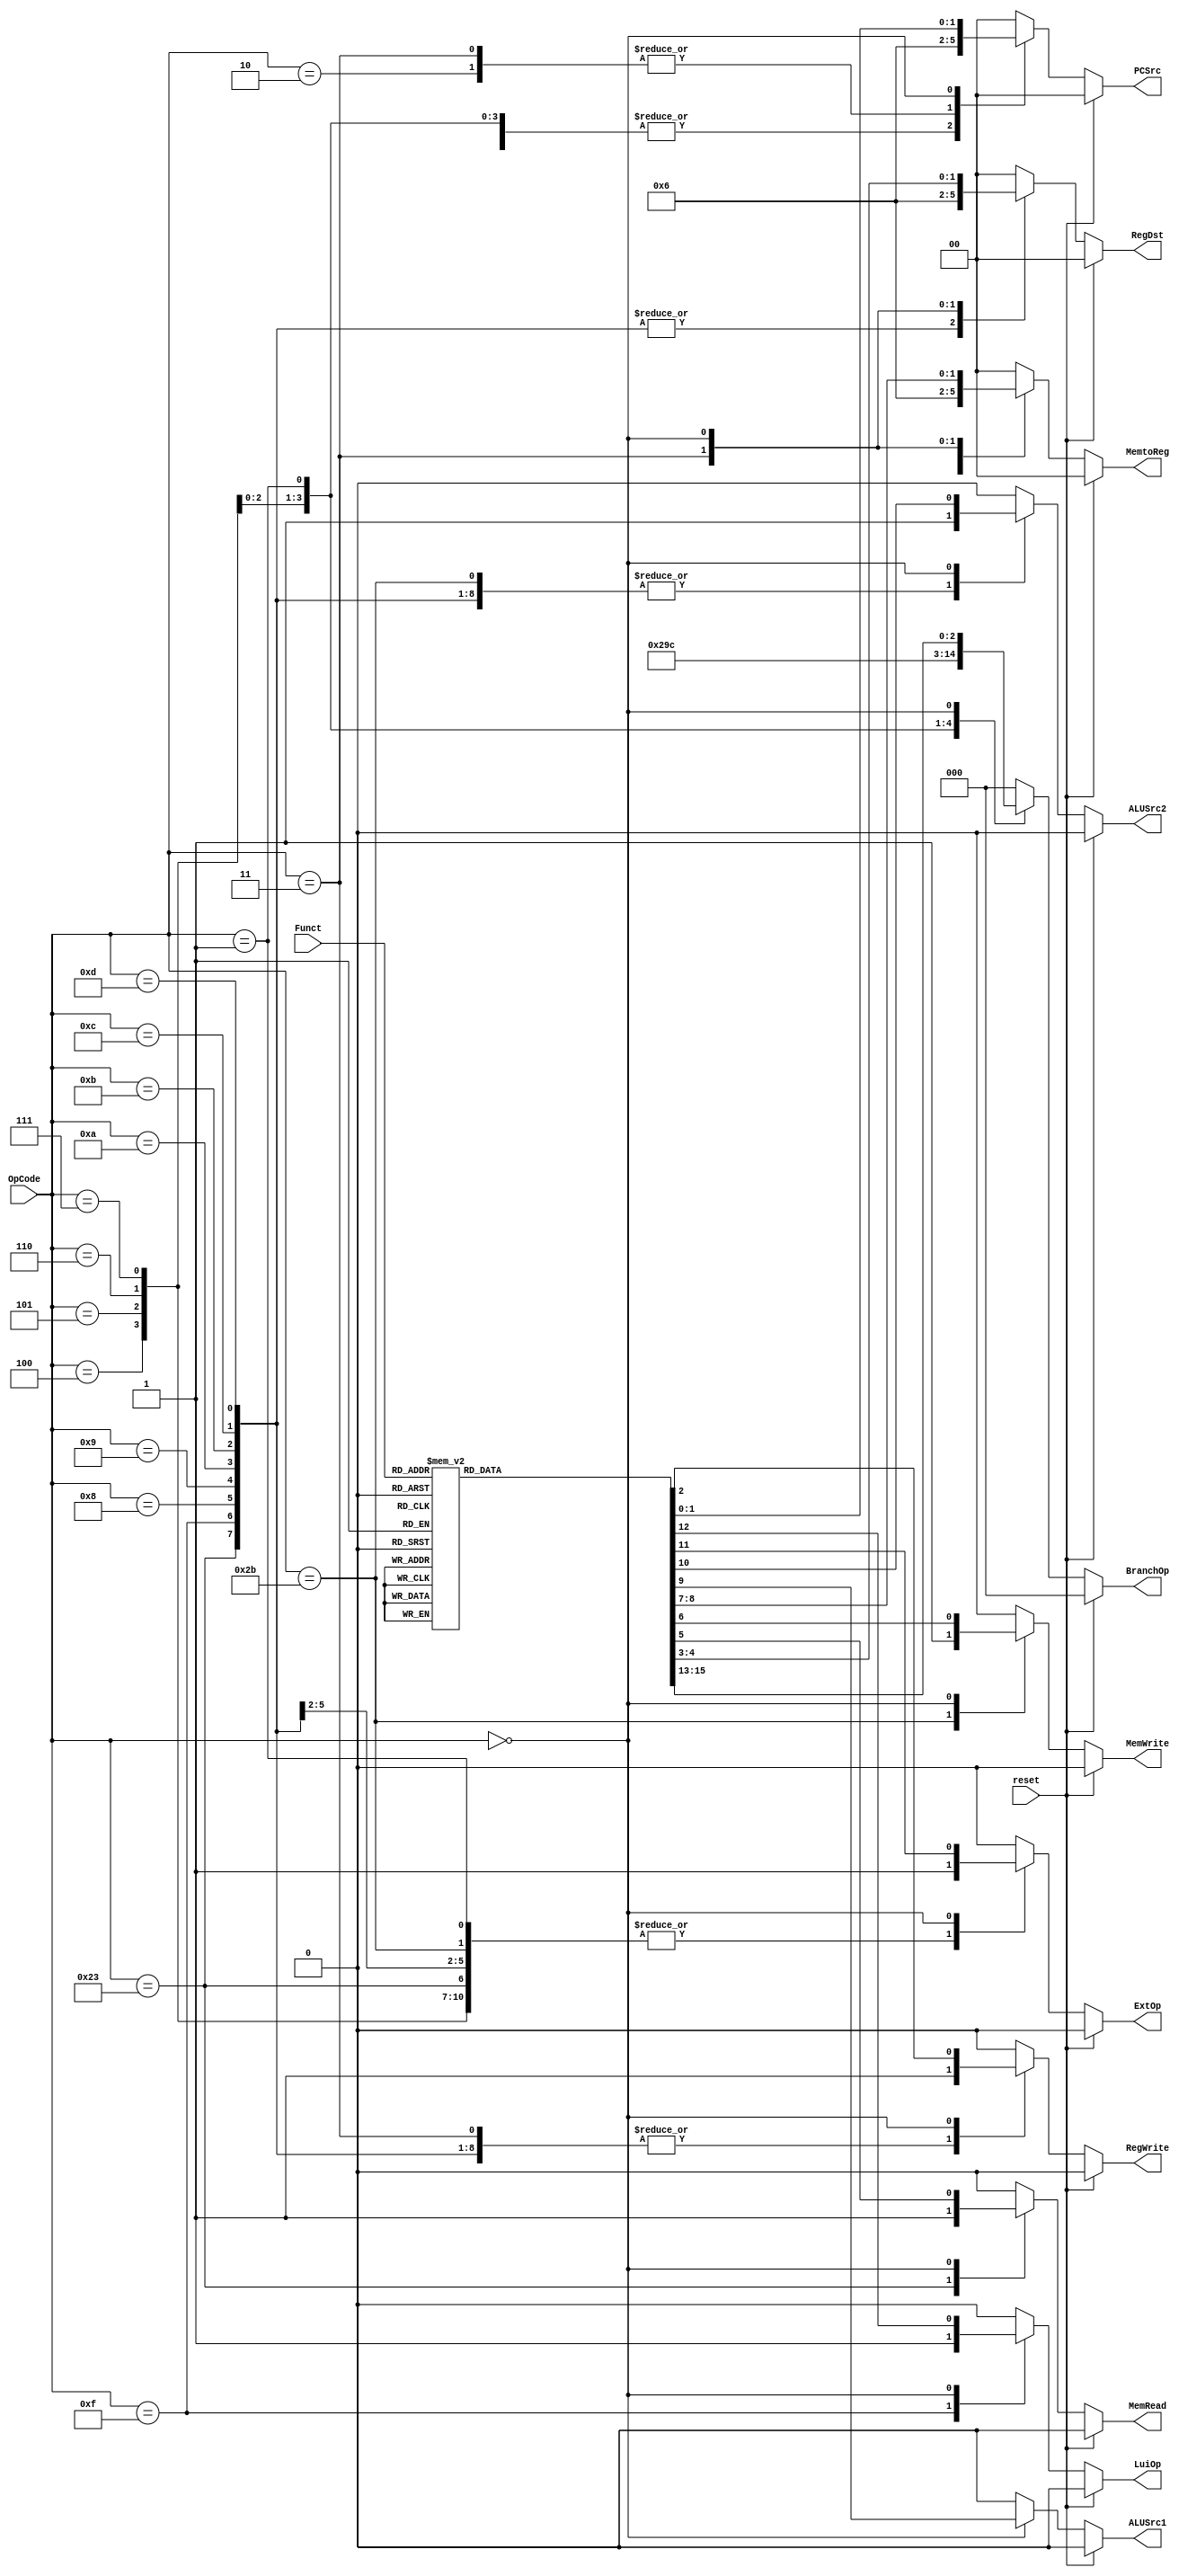
`timescale 1ns / 1ps
module Control
(
    input wire reset,
    input wire [5:0] OpCode,
    input wire [5:0] Funct,
    output reg [1:0] PCSrc,
    output reg RegWrite,
    output reg [1:0] RegDst,
    output reg MemRead,
    output reg MemWrite,
    output reg [1:0] MemtoReg,
    output reg ALUSrc1,
    output reg ALUSrc2,
    output reg ExtOp,
    output reg LuiOp,
    output reg [2:0] BranchOp
);

initial begin
    PCSrc <= 2'b00;
    RegWrite <= 1'b0;
    RegDst <= 2'b00;
    MemRead <= 1'b0;
    MemWrite <= 1'b0;
    MemtoReg <= 2'b00;
    ALUSrc1 <= 1'b0;
    ALUSrc2 <= 1'b0;
    ExtOp <= 1'b0;
    LuiOp <= 1'b0;
    BranchOp <= 3'b000;

end

// Control signal
always@*
        begin
        if(reset) begin
            PCSrc <= 2'b00;
            RegWrite <= 1'b0;
            RegDst <= 2'b00;
            MemRead <= 1'b0;
            MemWrite <= 1'b0;
            MemtoReg <= 2'b00;
            ALUSrc1 <= 1'b0;
            ALUSrc2 <= 1'b0;
            ExtOp <= 1'b0;
            LuiOp <= 1'b0;
            BranchOp <= 3'b000;
        end
        else begin
            case(OpCode)
                6'h23: begin
                    // lw
					PCSrc <= 2'b00;
					RegWrite <= 1'b1;
					RegDst <= 2'b01;
					MemRead <= 1'b1;
					MemWrite <= 1'b0;
					MemtoReg <= 2'b01;
					ALUSrc1 <= 1'b0;
					ALUSrc2 <= 1'b1;
					ExtOp <= 1'b1;
					LuiOp <= 1'b0;
					
					BranchOp <= 3'b0;
                end
                6'h2b: begin
                    // sw
					PCSrc <= 2'b00;
					RegWrite <= 1'b0;
					MemRead <= 1'b0;
					MemWrite <= 1'b1;
					ALUSrc1 <= 1'b0;
					ALUSrc2 <= 1'b1;
					ExtOp <= 1'b1;
					LuiOp <= 1'b0;
					
					RegDst <= 2'b0;
					MemtoReg <= 2'b0;
					BranchOp <= 3'b0;
                    
                end
                6'h0f: begin
                    // lui
					PCSrc <= 2'b00;
					RegWrite <= 1'b1;
					RegDst <= 2'b01;
					MemRead <= 1'b0;
					MemWrite <= 1'b0;
					MemtoReg <= 2'b00;
					ALUSrc1 <= 1'b0;
					ALUSrc2 <= 1'b1;
					LuiOp <= 1'b1;
					
					ExtOp <= 1'b0;
					BranchOp <= 3'b0;
                    
                end
                6'h08: begin
                    // addi
					PCSrc <= 2'b00;
					RegWrite <= 1'b1;
					RegDst <= 2'b01;
					MemRead <= 1'b0;
					MemWrite <= 1'b0;
					MemtoReg <= 2'b00;
					ALUSrc1 <= 1'b0;
					ALUSrc2 <= 1'b1;
					ExtOp <= 1'b1;
					LuiOp <= 1'b0;
					BranchOp <= 3'b0;
                    
                end
                6'h09: begin
                    // addiu
					PCSrc <= 2'b00;
					RegWrite <= 1'b1;
					RegDst <= 2'b01;
					MemRead <= 1'b0;
					MemWrite <= 1'b0;
					MemtoReg <= 2'b00;
					ALUSrc1 <= 1'b0;
					ALUSrc2 <= 1'b1;
					ExtOp <= 1'b1;
					LuiOp <= 1'b0;
					BranchOp <= 3'b0;
                    
                end
                6'h0a: begin
                    // slti
                    PCSrc <= 2'b00;
					RegWrite <= 1'b1;
					RegDst <= 2'b01;
					MemRead <= 1'b0;
					MemWrite <= 1'b0;
					MemtoReg <= 2'b00;
					ALUSrc1 <= 1'b0;
					ALUSrc2 <= 1'b1;
					ExtOp <= 1'b1;
					LuiOp <= 1'b0;
					BranchOp <= 3'b0;
                end
                6'h0b: begin
                    // sltiu
                    PCSrc <= 2'b00;
					RegWrite <= 1'b1;
					RegDst <= 2'b01;
					MemRead <= 1'b0;
					MemWrite <= 1'b0;
					MemtoReg <= 2'b00;
					ALUSrc1 <= 1'b0;
					ALUSrc2 <= 1'b1;
					ExtOp <= 1'b1;
					LuiOp <= 1'b0;
					BranchOp <= 3'b0;
                end
                6'h0c: begin
                    // andi
                    PCSrc <= 2'b00;
					RegWrite <= 1'b1;
					RegDst <= 2'b01;
					MemRead <= 1'b0;
					MemWrite <= 1'b0;
					MemtoReg <= 2'b00;
					ALUSrc1 <= 1'b0;
					ALUSrc2 <= 1'b1;
					ExtOp <= 1'b0;
					LuiOp <= 1'b0;
					BranchOp <= 3'b0;
                end
                6'h0d: begin
                    // ori
                    PCSrc <= 2'b00;
					RegWrite <= 1'b1;
					RegDst <= 2'b01;
					MemRead <= 1'b0;
					MemWrite <= 1'b0;
					MemtoReg <= 2'b00;
					ALUSrc1 <= 1'b0;
					ALUSrc2 <= 1'b1;
					ExtOp <= 1'b0;
					LuiOp <= 1'b0;
					BranchOp <= 3'b0;
                end               
                6'h04: begin
                    // beq
                    PCSrc <= 2'b01;
					RegWrite <= 1'b0;
					MemRead <= 1'b0;
					MemWrite <= 1'b0;
					ALUSrc1 <= 1'b0;
					ALUSrc2 <= 1'b0;
					ExtOp <= 1'b1;
					LuiOp <= 1'b0;
                    BranchOp <= 3'd0;
                    
                    RegDst <= 2'b0;
                    MemtoReg <= 2'b0;
                end
                6'h05: begin
                    // bne
                    PCSrc <= 2'b01;
					RegWrite <= 1'b0;
					MemRead <= 1'b0;
					MemWrite <= 1'b0;
					ALUSrc1 <= 1'b0;
					ALUSrc2 <= 1'b0;
					ExtOp <= 1'b1;
					LuiOp <= 1'b0;
                    BranchOp <= 3'd1;
                    
                    RegDst <= 2'b0;
                    MemtoReg <= 2'b0;
                end
                6'h06: begin
                    // blez
                    PCSrc <= 2'b01;
					RegWrite <= 1'b0;
					MemRead <= 1'b0;
					MemWrite <= 1'b0;
					ALUSrc1 <= 1'b0;
					ALUSrc2 <= 1'b0;
					ExtOp <= 1'b1;
					LuiOp <= 1'b0;
                    BranchOp <= 3'd2;
                    
                    RegDst <= 2'b0;
                    MemtoReg <= 2'b0;
                end
                6'h07: begin
                    // bgtz
                    PCSrc <= 2'b01;
					RegWrite <= 1'b0;
					MemRead <= 1'b0;
					MemWrite <= 1'b0;
					ALUSrc1 <= 1'b0;
					ALUSrc2 <= 1'b0;
					ExtOp <= 1'b1;
					LuiOp <= 1'b0;
                    BranchOp <= 3'd3;
                    
                    RegDst <= 2'b0;
                    MemtoReg <= 2'b0;
                end
                6'h01: begin
                    // bltz
                    PCSrc <= 2'b01;
					RegWrite <= 1'b0;
					MemRead <= 1'b0;
					MemWrite <= 1'b0;
					ALUSrc1 <= 1'b0;
					ALUSrc2 <= 1'b0;
					ExtOp <= 1'b1;
					LuiOp <= 1'b0;
                    BranchOp <= 3'd4;
                    
                    RegDst <= 2'b0;
                    MemtoReg <= 2'b0;
                end
				6'h02: begin
                    // j
					PCSrc <= 2'b10;
					RegWrite <= 1'b0;
					MemRead <= 1'b0;
					MemWrite <= 1'b0;
					
					RegDst <= 2'b0;
					MemtoReg <= 2'b0;
					ALUSrc1 <= 1'b0;
                    ALUSrc2 <= 1'b0;
                    ExtOp <= 1'b0;
                    LuiOp <= 1'b0;
                    BranchOp <= 3'b0;
                    
                end
				6'h03: begin
                    // jal
					PCSrc <= 2'b10;
					RegWrite <= 1'b1;
					RegDst <= 2'b10;
					MemRead <= 1'b0;
					MemWrite <= 1'b0;
					MemtoReg <= 2'b10;
					ALUSrc1 <= 1'b0;
                    ALUSrc2 <= 1'b0;
                    ExtOp <= 1'b0;
                    LuiOp <= 1'b0;
                    BranchOp <= 3'b0;
                    
                end
                6'h00: begin
                    case(Funct)
                        6'h20: begin
                            // add
							PCSrc <= 2'b00;
	
							RegWrite <= 1'b1;
							RegDst <= 2'b00;
							MemRead <= 1'b0;
							MemWrite <= 1'b0;
							MemtoReg <= 2'b00;
							ALUSrc1 <= 1'b0;
							ALUSrc2 <= 1'b0;
							ExtOp <= 1'b0;
							LuiOp <= 1'b0;
							BranchOp <= 3'b0;
                            
                        end
                        6'h21: begin
                            // addu
							PCSrc <= 2'b00;
	
							RegWrite <= 1'b1;
							RegDst <= 2'b00;
							MemRead <= 1'b0;
							MemWrite <= 1'b0;
							MemtoReg <= 2'b00;
							ALUSrc1 <= 1'b0;
							ALUSrc2 <= 1'b0;
							ExtOp <= 1'b0;
							LuiOp <= 1'b0;
							BranchOp <= 3'b0;
                            
                        end
                        6'h22: begin
                            // sub
							PCSrc <= 2'b00;
	
							RegWrite <= 1'b1;
							RegDst <= 2'b00;
							MemRead <= 1'b0;
							MemWrite <= 1'b0;
							MemtoReg <= 2'b00;
							ALUSrc1 <= 1'b0;
							ALUSrc2 <= 1'b0;
							ExtOp <= 1'b0;
							LuiOp <= 1'b0;
							BranchOp <= 3'b0;
                            
                        end
                        6'h23: begin
                            // subu
							PCSrc <= 2'b00;
	
							RegWrite <= 1'b1;
							RegDst <= 2'b00;
							MemRead <= 1'b0;
							MemWrite <= 1'b0;
							MemtoReg <= 2'b00;
							ALUSrc1 <= 1'b0;
							ALUSrc2 <= 1'b0;
                            ExtOp <= 1'b0;
                            LuiOp <= 1'b0;
                            BranchOp <= 3'b0;
                            
                        end
                        6'h24: begin
                            // and
							PCSrc <= 2'b00;
	
							RegWrite <= 1'b1;
							RegDst <= 2'b00;
							MemRead <= 1'b0;
							MemWrite <= 1'b0;
							MemtoReg <= 2'b00;
							ALUSrc1 <= 1'b0;
							ALUSrc2 <= 1'b0;
                            ExtOp <= 1'b0;
                            LuiOp <= 1'b0;
                            BranchOp <= 3'b0;
                            
                        end
                        6'h25: begin
                            // or
							PCSrc <= 2'b00;
	
							RegWrite <= 1'b1;
							RegDst <= 2'b00;
							MemRead <= 1'b0;
							MemWrite <= 1'b0;
							MemtoReg <= 2'b00;
							ALUSrc1 <= 1'b0;
							ALUSrc2 <= 1'b0;
                            ExtOp <= 1'b0;
                            LuiOp <= 1'b0;
                            BranchOp <= 3'b0;
                            
                        end
                        6'h26: begin
                            // xor
							PCSrc <= 2'b00;
	
							RegWrite <= 1'b1;
							RegDst <= 2'b00;
							MemRead <= 1'b0;
							MemWrite <= 1'b0;
							MemtoReg <= 2'b00;
							ALUSrc1 <= 1'b0;
							ALUSrc2 <= 1'b0;
							ExtOp <= 1'b0;
							LuiOp <= 1'b0;
							BranchOp <= 3'b0;
                            
                        end
                        6'h27: begin
                            // nor
							PCSrc <= 2'b00;
	
							RegWrite <= 1'b1;
							RegDst <= 2'b00;
							MemRead <= 1'b0;
							MemWrite <= 1'b0;
							MemtoReg <= 2'b00;
							ALUSrc1 <= 1'b0;
							ALUSrc2 <= 1'b0;
							ExtOp <= 1'b0;
							LuiOp <= 1'b0;
							BranchOp <= 3'b0;
                            
                        end
                        6'h00: begin
                            // sll
							PCSrc <= 2'b00;
	
							RegWrite <= 1'b1;
							RegDst <= 2'b00;
							MemRead <= 1'b0;
							MemWrite <= 1'b0;
							MemtoReg <= 2'b00;
							ALUSrc1 <= 1'b1;
							ALUSrc2 <= 1'b0;
							ExtOp <= 1'b0;
							LuiOp <= 1'b0;
							BranchOp <= 3'b0;
                            
                        end
                        6'h02: begin
                            // srl
							PCSrc <= 2'b00;
	
							RegWrite <= 1'b1;
							RegDst <= 2'b00;
							MemRead <= 1'b0;
							MemWrite <= 1'b0;
							MemtoReg <= 2'b00;
							ALUSrc1 <= 1'b1;
							ALUSrc2 <= 1'b0;
							ExtOp <= 1'b0;
							LuiOp <= 1'b0;
							BranchOp <= 3'b0;
                            
                        end
                        6'h03: begin
                            // sra
							PCSrc <= 2'b00;
	
							RegWrite <= 1'b1;
							RegDst <= 2'b00;
							MemRead <= 1'b0;
							MemWrite <= 1'b0;
							MemtoReg <= 2'b00;
							ALUSrc1 <= 1'b1;
							ALUSrc2 <= 1'b0;
							ExtOp <= 1'b0;
							LuiOp <= 1'b0;
							BranchOp <= 3'b0;
                            
                        end
                        6'h2a: begin
                            // slt
							PCSrc <= 2'b00;
	
							RegWrite <= 1'b1;
							RegDst <= 2'b00;
							MemRead <= 1'b0;
							MemWrite <= 1'b0;
							MemtoReg <= 2'b00;
							ALUSrc1 <= 1'b0;
							ALUSrc2 <= 1'b0;
							ExtOp <= 1'b0;
							LuiOp <= 1'b0;
							BranchOp <= 3'b0;
                            
                        end
                        6'h2b: begin
                            // sltu
							PCSrc <= 2'b00;
	
							RegWrite <= 1'b1;
							RegDst <= 2'b00;
							MemRead <= 1'b0;
							MemWrite <= 1'b0;
							MemtoReg <= 2'b00;
							ALUSrc1 <= 1'b0;
							ALUSrc2 <= 1'b0;
							ExtOp <= 1'b0;
							LuiOp <= 1'b0;
							BranchOp <= 3'b0;
                            
                        end
						6'h08: begin
                            // jr
							PCSrc <= 2'b11;
	
							RegWrite <= 1'b0;
							MemRead <= 1'b0;
							MemWrite <= 1'b0;
							
							RegDst <= 2'b0;
							MemtoReg <= 2'b0;
							ALUSrc1 <= 1'b0;
                            ALUSrc2 <= 1'b0;
                            ExtOp <= 1'b0;
                            LuiOp <= 1'b0;
                            BranchOp <= 3'b0;
                            
                        end
						6'h09: begin
                            // jalr
							PCSrc <= 2'b11;
	
							RegWrite <= 1'b1;
							RegDst <= 2'b00;
							MemRead <= 1'b0;
							MemWrite <= 1'b0;
							MemtoReg <= 2'b10;
							ALUSrc1 <= 1'b0;
                            ALUSrc2 <= 1'b0;
                            ExtOp <= 1'b0;
                            LuiOp <= 1'b0;
                            BranchOp <= 3'b0;
                            
                        end
                        default: begin
                            PCSrc <= 2'b0;
                            RegWrite <= 1'b0;
                            RegDst <= 2'b0;
                            MemRead <= 1'b0;
                            MemWrite <= 1'b0;
                            MemtoReg <= 2'b0;
                            ALUSrc1 <= 1'b0;
                            ALUSrc2 <= 1'b0;
                            ExtOp <= 1'b0;
                            LuiOp <= 1'b0;
                            BranchOp <= 3'b0;
                            
                        end
                    endcase
                end
                default: begin
                    PCSrc <= 2'b0;
                    RegWrite <= 1'b0;
                    RegDst <= 2'b0;
                    MemRead <= 1'b0;
                    MemWrite <= 1'b0;
                    MemtoReg <= 2'b0;
                    ALUSrc1 <= 1'b0;
                    ALUSrc2 <= 1'b0;
                    ExtOp <= 1'b0;
                    LuiOp <= 1'b0;
                    BranchOp <= 3'b0;
                end
            endcase
            end
        end
	
endmodule